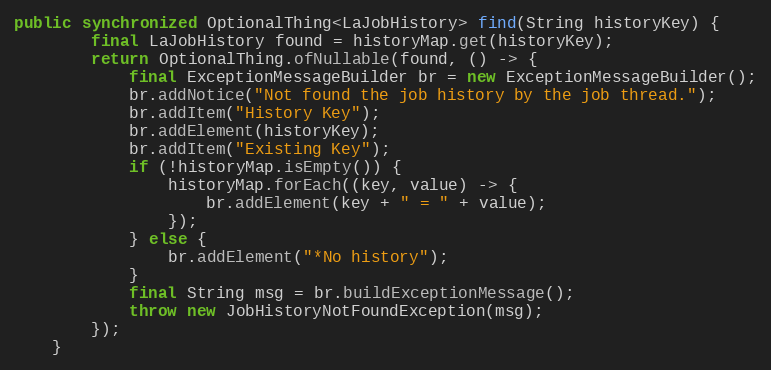
Language: Java
public synchronized OptionalThing<LaJobHistory> find(String historyKey) {
        final LaJobHistory found = historyMap.get(historyKey);
        return OptionalThing.ofNullable(found, () -> {
            final ExceptionMessageBuilder br = new ExceptionMessageBuilder();
            br.addNotice("Not found the job history by the job thread.");
            br.addItem("History Key");
            br.addElement(historyKey);
            br.addItem("Existing Key");
            if (!historyMap.isEmpty()) {
                historyMap.forEach((key, value) -> {
                    br.addElement(key + " = " + value);
                });
            } else {
                br.addElement("*No history");
            }
            final String msg = br.buildExceptionMessage();
            throw new JobHistoryNotFoundException(msg);
        });
    }